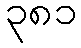
၃၈၁